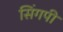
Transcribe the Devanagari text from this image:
सिंगपी